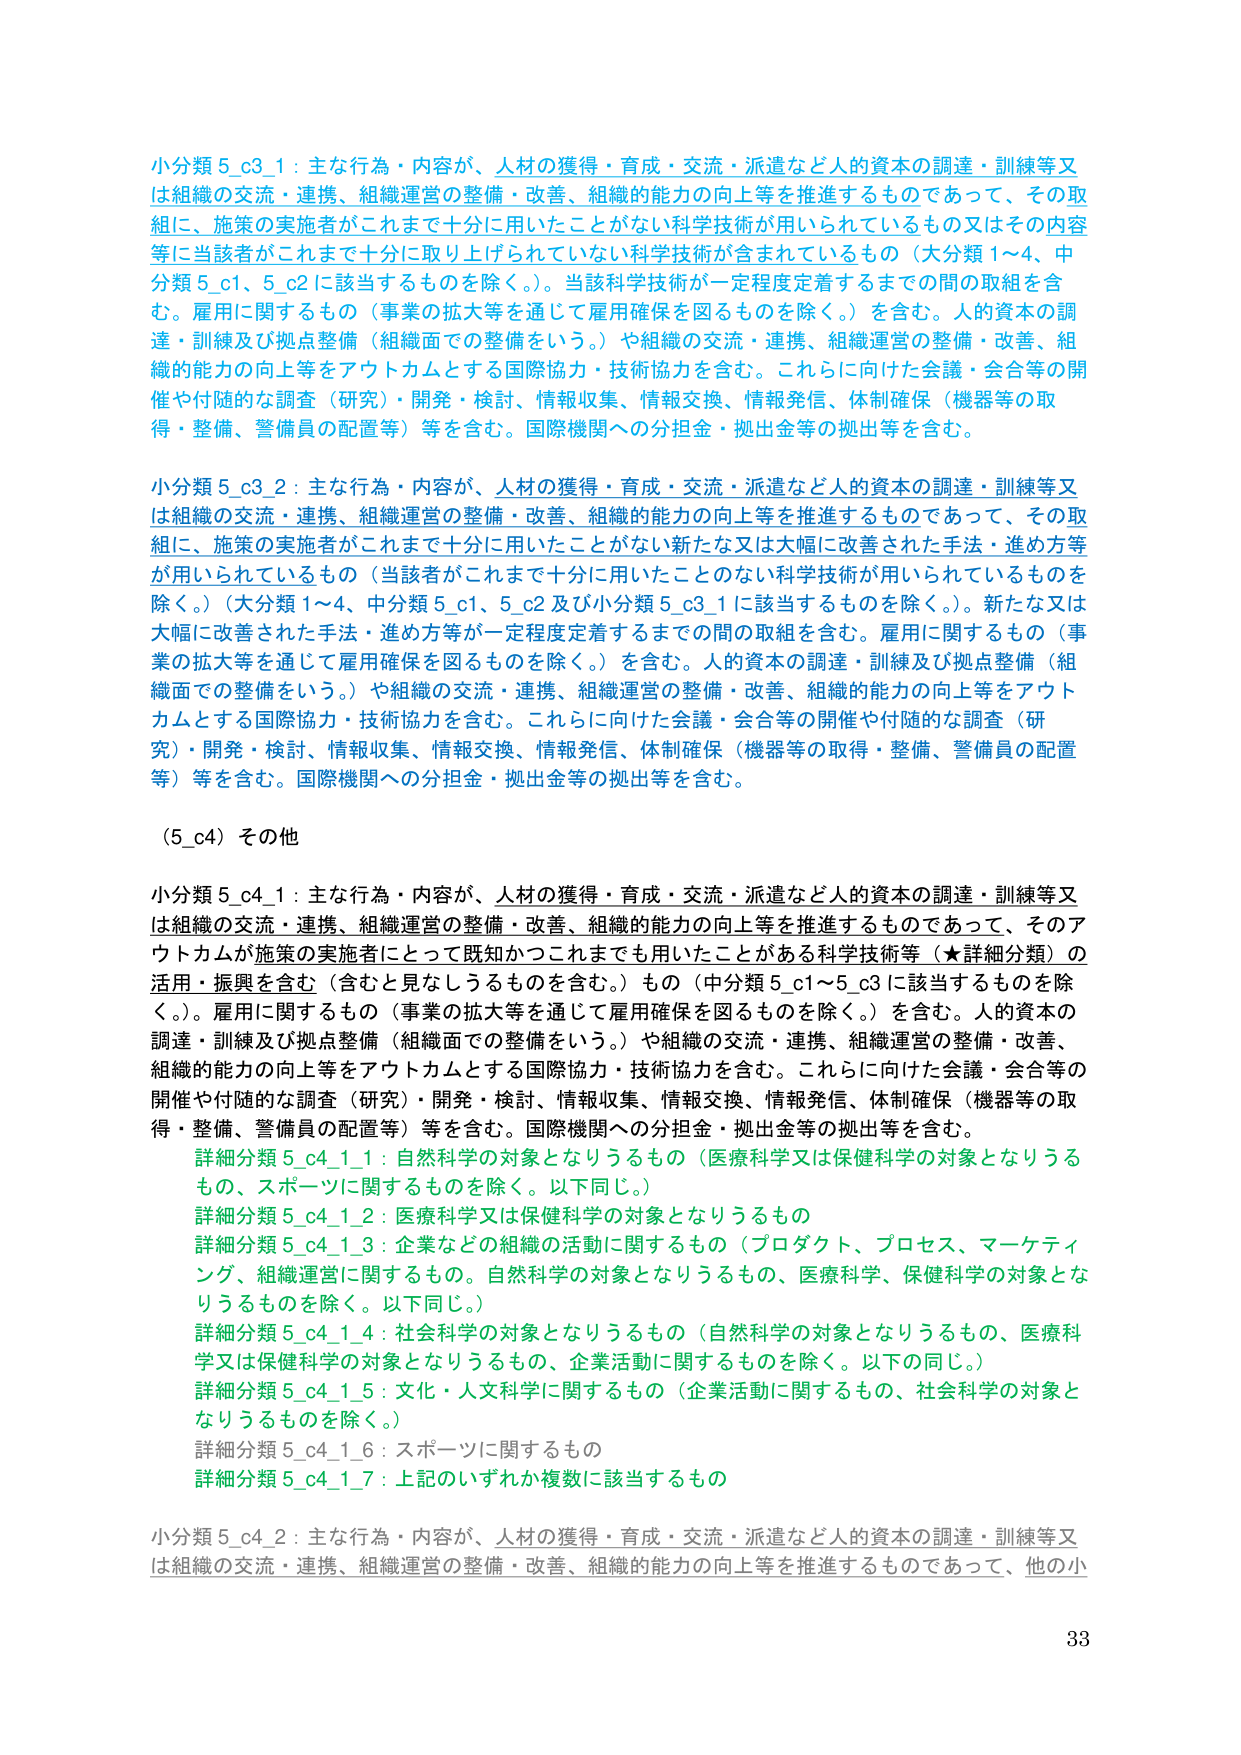
小分類 5_c3_1：主な行為・内容が、人材の獲得・育成・交流・派遣など人的資本の調達・訓練等又は組織の交流・連携、組織運営の整備・改善、組織の能力の向上等を推進するものであって、その取組に、施策の実施者がこれまで十分に用いたことがない科学技術が用いられているもの又はその内容等に当該者がこれまで十分に取り上げられていない科学技術が含まれているもの（大分類1～4、中分類5_c1、5_c2に該当するものを除く。）。当該科学技術が一定程度定着するまでの間の取組を含む。雇用に関するもの（事業の拡大等を通じて雇用確保を図るものを除く。）を含む。人的資本の調達・訓練及び拠点整備（組織面での整備をいう。）や組織の交流・連携、組織運営の整備・改善、組織の能力の向上等をアウトカムとする国際協力・技術協力を含む。これらに向けた会議・会合等の開催や付随的な調査（研究）・開発・検討、情報収集、情報交換、情報発信、体制確保（機器等の取得・整備、警備員の配置等）等を含む。国際機関への分担金・拠出金等の拠出等を含む。

小分類 5_c3_2：主な行為・内容が、人材の獲得・育成・交流・派遣など人的資本の調達・訓練等又は組織の交流・連携、組織運営の整備・改善、組織の能力の向上等を推進するものであって、その取組に、施策の実施者がこれまで十分に用いたことがない新たな又は大幅に改善された手法・進め方等が用いられているもの（当該者がこれまで十分に用いたことのない科学技術が用いられているものを除く。）（大分類1～4、中分類5_c1、5_c2及び小分類5_c3_1に該当するものを除く。）。新たな又は大幅に改善された手法・進め方等が一定程度定着するまでの間の取組を含む。雇用に関するもの（事業の拡大等を通じて雇用確保を図るものを除く。）を含む。人的資本の調達・訓練及び拠点整備（組織面での整備をいう。）や組織の交流・連携、組織運営の整備・改善、組織の能力の向上等をアウトカムとする国際協力・技術協力を含む。これらに向けた会議・会合等の開催や付随的な調査（研究）・開発・検討、情報収集、情報交換、情報発信、体制確保（機器等の取得・整備、警備員の配置等）等を含む。国際機関への分担金・拠出金等の拠出等を含む。

（5_c4）その他

小分類 5_c4_1：主な行為・内容が、人材の獲得・育成・交流・派遣など人的資本の調達・訓練等又は組織の交流・連携、組織運営の整備・改善、組織の能力の向上等を推進するものであって、そのアウトカムが施策の実施者にとって既知かつこれまでも用いたことがある科学技術等（★詳細分類）の活用・振興を含む（含むと見なしうるものを含む。）もの（中分類5_c1～5_c3に該当するものを除く。）。雇用に関するもの（事業の拡大等を通じて雇用確保を図るものを除く。）を含む。人的資本の調達・訓練及び拠点整備（組織面での整備をいう。）や組織の交流・連携、組織運営の整備・改善、組織の能力の向上等をアウトカムとする国際協力・技術協力を含む。これらに向けた会議・会合等の開催や付随的な調査（研究）・開発・検討、情報収集、情報交換、情報発信、体制確保（機器等の取得・整備、警備員の配置等）等を含む。国際機関への分担金・拠出金等の拠出等を含む。

　詳細分類 5_c4_1_1：自然科学の対象となりうるもの（医療科学又は保健科学の対象となりうるもの、スポーツに関するものを除く。以下同じ。）
　詳細分類 5_c4_1_2：医療科学又は保健科学の対象となりうるもの
　詳細分類 5_c4_1_3：企業などの組織の活動に関するもの（プロダクト、プロセス、マーケティング、組織運営に関するもの。自然科学の対象となりうるもの、医療科学、保健科学の対象となりうるものを除く。以下同じ。）
　詳細分類 5_c4_1_4：社会科学の対象となりうるもの（自然科学の対象となりうるもの、医療科学又は保健科学の対象となりうるもの、企業活動に関するものを除く。以下の同じ。）
　詳細分類 5_c4_1_5：文化・人文科学に関するもの（企業活動に関するもの、社会科学の対象となりうるものを除く。）
　詳細分類 5_c4_1_6：スポーツに関するもの
　詳細分類 5_c4_1_7：上記のいずれか複数に該当するもの

小分類 5_c4_2：主な行為・内容が、人材の獲得・育成・交流・派遣など人的資本の調達・訓練等又は組織の交流・連携、組織運営の整備・改善、組織の能力の向上等を推進するものであって、他の小

33